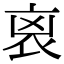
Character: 𧘮